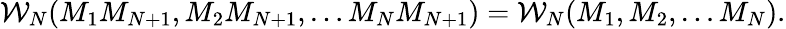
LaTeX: {\cal W}_{N}(M_{1}M_{N+1},M_{2}M_{N+1},\dots M_{N}M_{N+1})={\cal W}_{N}(M_{1},M_{2},\dots M_{N}).